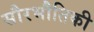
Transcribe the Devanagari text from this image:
सौरभौतिकी